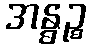
အန္ဓဉ္စ